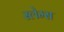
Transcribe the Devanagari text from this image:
स्लेम्स